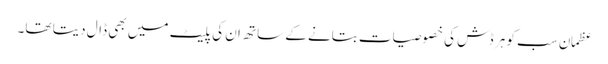
عظمان سب کو ہر ڈش کی خصوصیات بتانے کے ساتھ ان کی پلیٹ میں بھی ڈال دیتا تھا۔